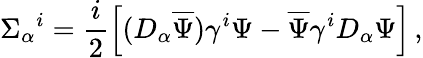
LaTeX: \Sigma_{\alpha}{}^{i}=\frac{i}{2}\left[(D_{\alpha}\overline{{{\Psi}}})\gamma^{i}\Psi-\overline{{{\Psi}}}\gamma^{i}D_{\alpha}\Psi\right]\, ,